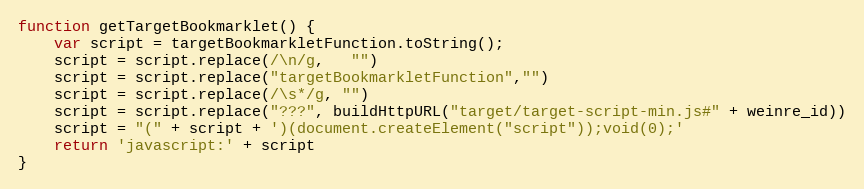
Language: JavaScript
function getTargetBookmarklet() {
    var script = targetBookmarkletFunction.toString();
    script = script.replace(/\n/g,   "")
    script = script.replace("targetBookmarkletFunction","")
    script = script.replace(/\s*/g, "")
    script = script.replace("???", buildHttpURL("target/target-script-min.js#" + weinre_id))
    script = "(" + script + ')(document.createElement("script"));void(0);'
    return 'javascript:' + script
}